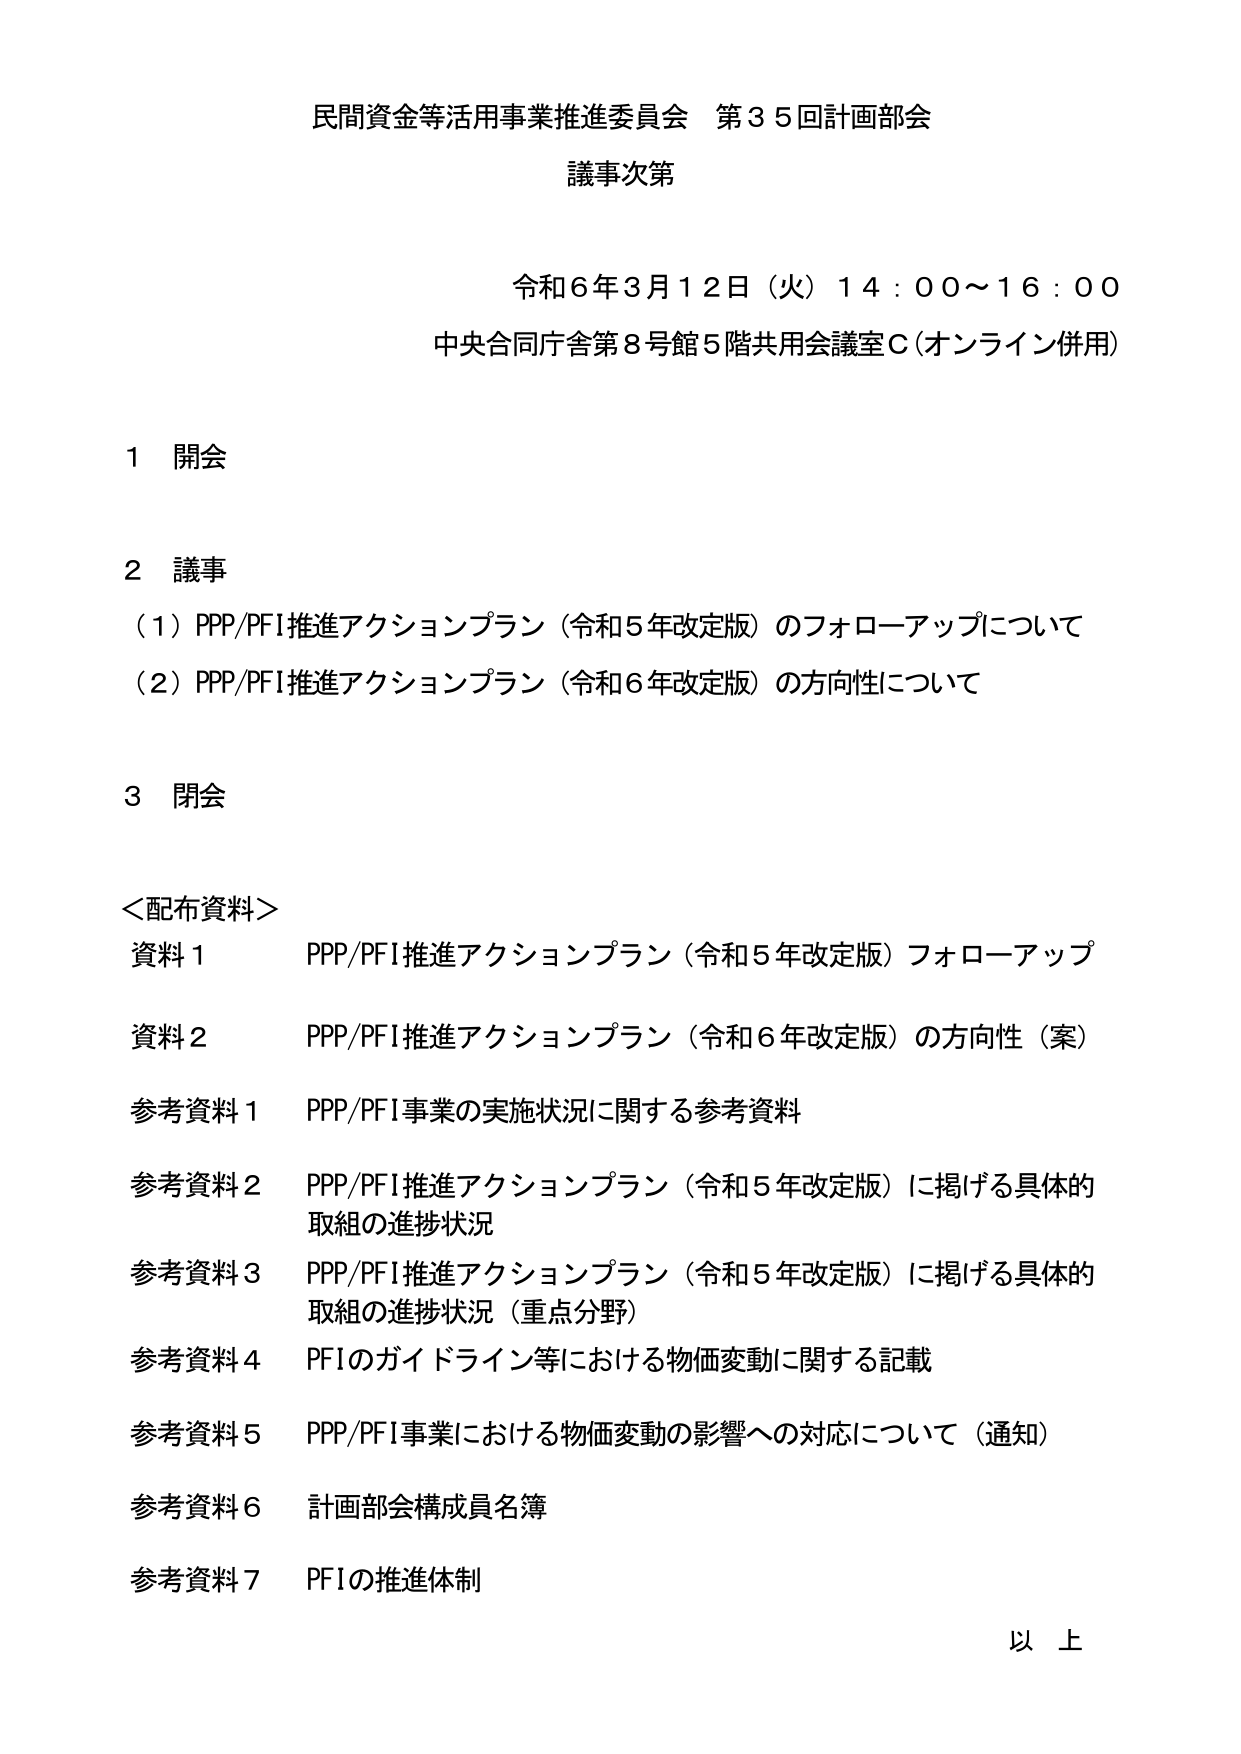
民間資金等活用事業推進委員会 第35回計画部会
議事次第

令和6年3月12日（火）14:00～16:00
中央合同庁舎第8号館5階共用会議室C（オンライン併用）

1 開会

2 議事
（1）PPP/PFI推進アクションプラン（令和5年改定版）のフォローアップについて
（2）PPP/PFI推進アクションプラン（令和6年改定版）の方向性について

3 閉会

＜配布資料＞
資料1 PPP/PFI推進アクションプラン（令和5年改定版）フォローアップ
資料2 PPP/PFI推進アクションプラン（令和6年改定版）の方向性（案）
参考資料1 PPP/PFI事業の実施状況に関する参考資料
参考資料2 PPP/PFI推進アクションプラン（令和5年改定版）に掲げる具体的取組の進捗状況
参考資料3 PPP/PFI推進アクションプラン（令和5年改定版）に掲げる具体的取組の進捗状況（重点分野）
参考資料4 PFIのガイドライン等における物価変動に関する記載
参考資料5 PPP/PFI事業における物価変動の影響への対応について（通知）
参考資料6 計画部会構成員名簿
参考資料7 PFIの推進体制

以上